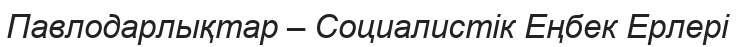
Павлодарлықтар – Социалистік Еңбек Ерлері